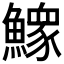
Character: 𩻴